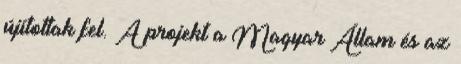
újítottak fel. A projekt a Magyar Állam és az